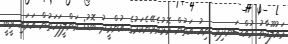
މައުލޫމާތު މުއްސަނދިވި ނިއު އަތުން މޮޅުވެވޭނެކަމުގެ އުންމީދު ބޮޑު: ވަންލީފަހަތުން އަރައި ވީބީ